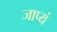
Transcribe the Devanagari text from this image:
जाप्यं